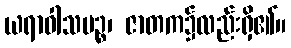
ယရာဝါသပဉ္စ၊ ဇာတက၌လည်းရှိ၏။